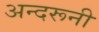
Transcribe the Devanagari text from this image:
अन्‍दरूनी